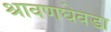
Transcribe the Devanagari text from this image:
श्रावणघेवडा